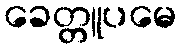
ခေတ္တူပမေ